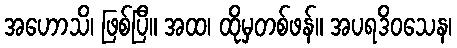
အဟောသိ၊ ဖြစ်ပြီ။ အထ၊ ထိုမှတစ်ဖန်။ အပရဒိဝသေန၊